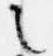
之